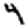
Digit: 4